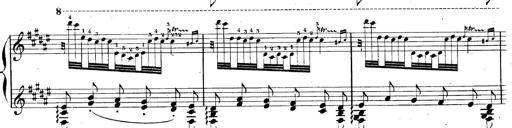
Title: AnnÃ©es de pÃ¨lerinage II, SupplÃ©ment
Composer: Franz Liszt